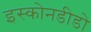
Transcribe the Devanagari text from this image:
इस्कोनडीडो